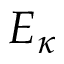
E _ { \kappa }